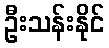
ဦးသန်းနိုင်